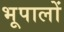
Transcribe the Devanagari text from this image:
भूपालों